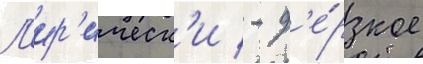
Л'ир'ическ'и / - д'е́рзкое